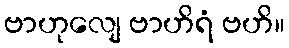
ဗာဟုလျေ ဗာဟိရံ ဗဟိ။